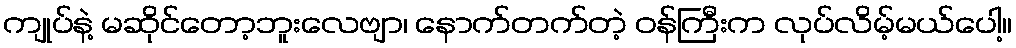
ကျုပ်နဲ့ မဆိုင်တော့ဘူးလေဗျာ၊ နောက်တက်တဲ့ ဝန်ကြီးက လုပ်လိမ့်မယ်ပေါ့။